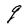
Character: q